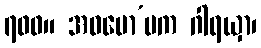
၇၀၀။ အဓမော’မက ဂါရယှာ၊